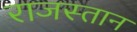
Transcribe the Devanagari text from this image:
राजस्तान